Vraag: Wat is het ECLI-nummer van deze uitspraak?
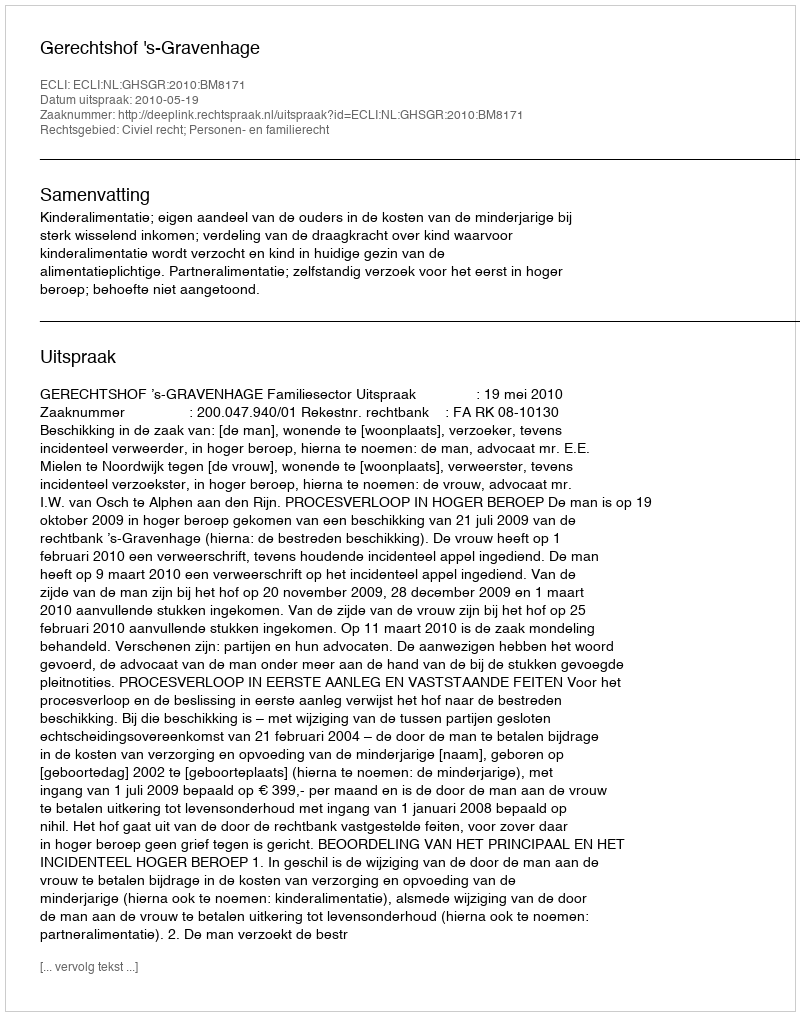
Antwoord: ECLI:NL:GHSGR:2010:BM8171